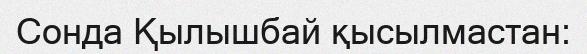
Сонда Қылышбай қысылмастан: